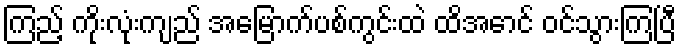
ကြည့် ကိုးလုံးကျည် အမြောက်ပစ်ကွင်းထဲ ထိအောင် ဝင်သွားကြပြီ